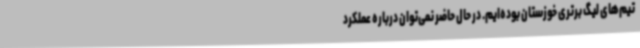
تیم‌های لیگ برتری خوزستان بوده‌ایم. در حال حاضر نمی‌توان درباره عملکرد